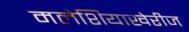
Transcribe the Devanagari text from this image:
मलेशियाखेरीज